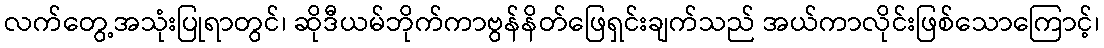
လက်တွေ့အသုံးပြုရာတွင်၊ ဆိုဒီယမ်ဘိုက်ကာဗွန်နိတ်ဖြေရှင်းချက်သည် အယ်ကာလိုင်းဖြစ်သောကြောင့်၊